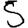
Digit: 5